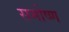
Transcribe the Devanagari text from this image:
समोष्ण